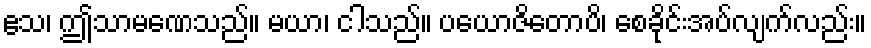
ဧသ၊ ဤသာမဏေသည်။ မယာ၊ ငါသည်။ ပယောဇိတောပိ၊ စေခိုင်းအပ်လျက်လည်း။